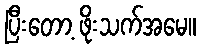
ပြီးတော့ ဖိုးသက်အမေ။